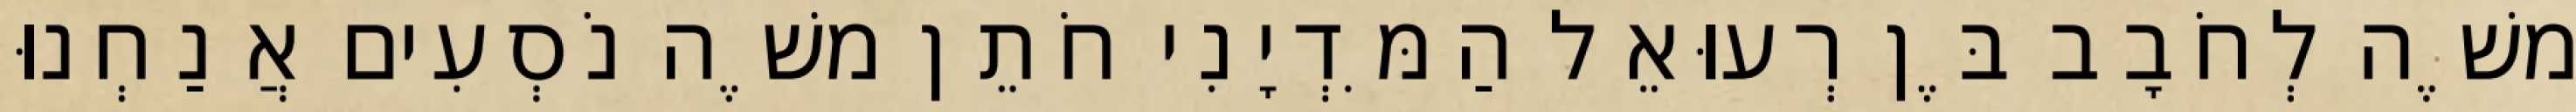
משֶׁה לְחֹבָב בֶּן רְעוּאֵל הַמִּדְיָנִי חֹתֵן משֶׁה נֹסְעִים אֲנַחְנוּ